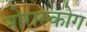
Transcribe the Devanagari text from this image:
नोरास्कोग